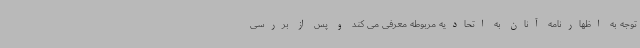
توجه به اظهارنامه آنان به اتحادیه مربوطه معرفی می کند و پس از بررسی